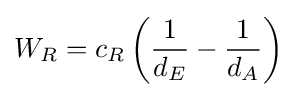
W_{R}=c_{R}\left({\frac {1}{d_{E}}}-{\frac {1}{d_{A}}}\right)